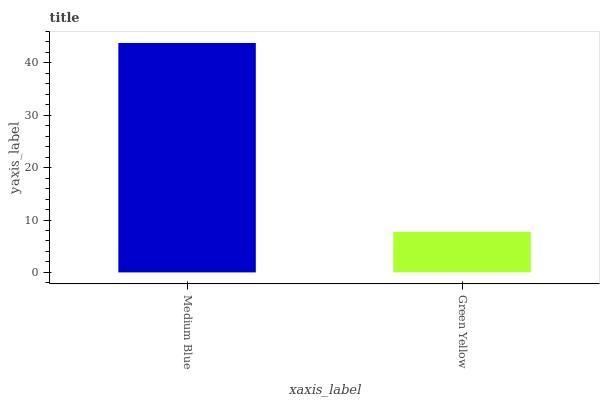
| xaxis_label | bars |
 | --- | --- |
 | Medium Blue | 43.8 |
 | Green Yellow | 7.71 |